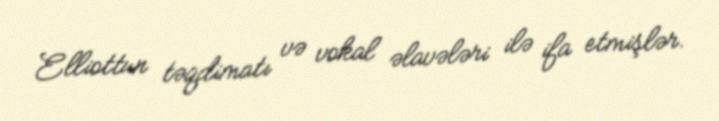
Elliottun təqdimatı və vokal əlavələri ilə ifa etmişlər.